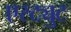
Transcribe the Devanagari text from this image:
एस्ट्युट